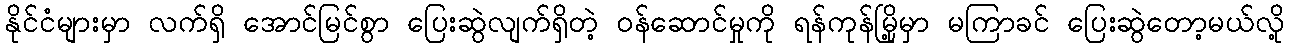
နိုင်ငံများမှာ လက်ရှိ အောင်မြင်စွာ ပြေးဆွဲလျက်ရှိတဲ့ ဝန်ဆောင်မှုကို ရန်ကုန်မြို့မှာ မကြာခင် ပြေးဆွဲတော့မယ်လို့